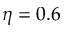
\eta = 0 . 6